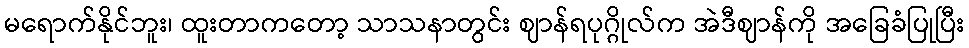
မရောက်နိုင်ဘူး၊ ထူးတာကတော့ သာသနာတွင်း ဈာန်ရပုဂ္ဂိုလ်က အဲဒီဈာန်ကို အခြေခံပြုပြီး